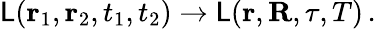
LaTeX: \mathsf{L}(\mathbf{{r}}_{1},\mathbf{{r}}_{2},t_{1},t_{2})\rightarrow\mathsf{L}(\mathbf{{r}},\mathbf{{R}},\tau,T)\, .